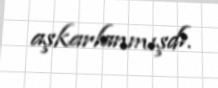
aşkarlanmışdı.